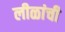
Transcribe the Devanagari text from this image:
लीळांची